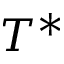
T ^ { * }